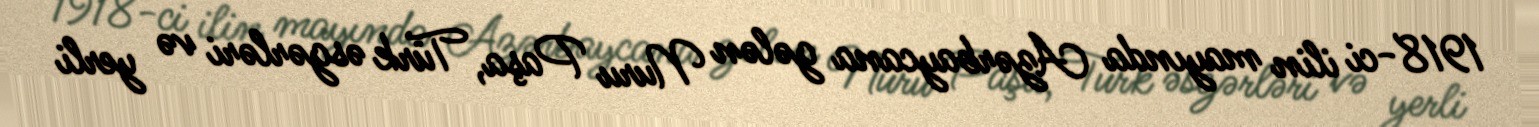
1918-ci ilin mayında Azərbaycana gələn Nuru Paşa, Türk əsgərləri və yerli